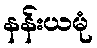
နန်းယမုံ